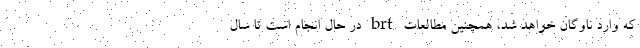
که وارد ناوگان خواهد شد، همچنین مطالعات brt در حال انجام است تا سال